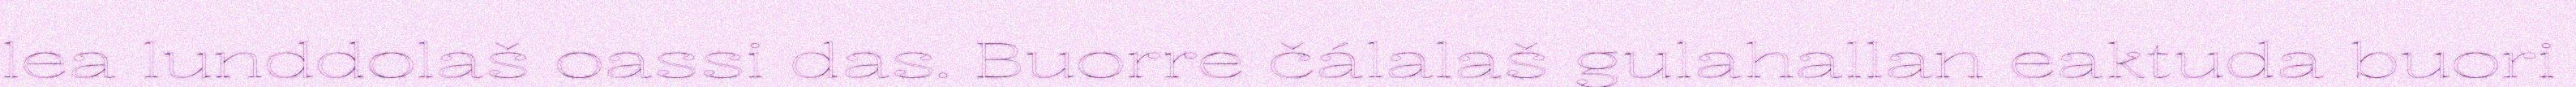
lea lunddolaš oassi das. Buorre čálalaš gulahallan eaktuda buori